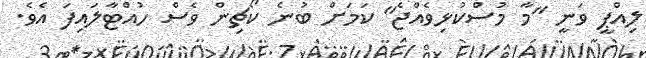
ލިއްޕީ ވަނީ "މާ މުސްކުޅިވެއްޖެ" ކަމަށް ބުނެ ކޯޗިން ވެސް ހުއްޓާލައިފަ އެވެ.